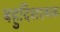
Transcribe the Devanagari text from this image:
बहुदिशात्मक